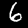
Label: 6